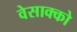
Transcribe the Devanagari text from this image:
वेसाक्को